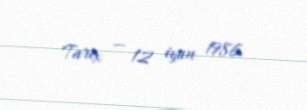
Tarix — 12 iyun 1986